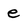
Character: e